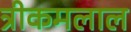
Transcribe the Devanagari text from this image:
त्रीकमलाल